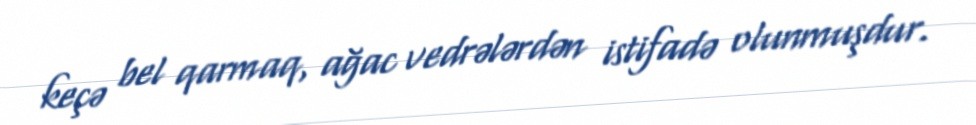
keçə bel qarmaq, ağac vedrələrdən istifadə olunmuşdur.